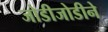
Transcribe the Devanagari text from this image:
जोडीजोडीने